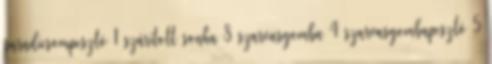
paradicsompesztó 1 szárított sonka 8 szarvasgomba 4 szarvasgombapesztó 5